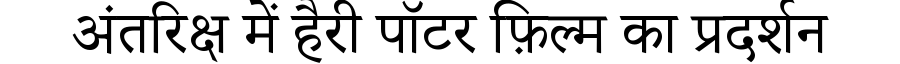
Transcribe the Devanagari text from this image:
अंतरिक्ष में हैरी पॉटर फ़िल्म का प्रदर्शन